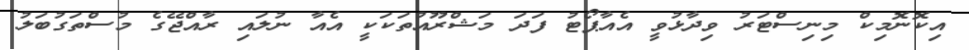
އިކޮނޮމިކް މިނިސްޓަރު ވިދާޅުވީ އެއާޕޯޓު ފަދަ މަޝްރޫއުތަކަކީ އެއާ ނުލައި ރާއްޖޭގެ މުސްތަގުބަލު